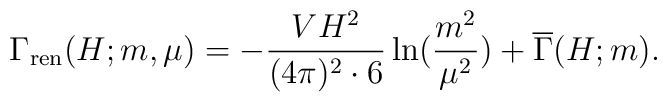
\Gamma_{\rm ren}(H;m,\mu)=-  { V H^2 \over(4\pi )^2 \cdot 6}\ln({m^2 \over \mu^2}) + \overline{\Gamma}(H;m).